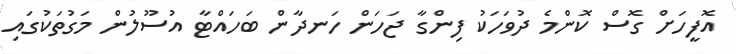
އޮފީހަށް ގޮސް ކޮންމެ ދުވަހަކު ފިންގާ ޖަހަން ހަނދާން ބަހައްޓާ އުސޫލުން މަގުތަކުގައި